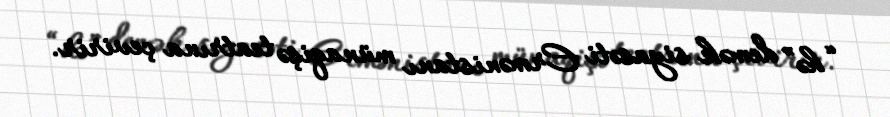
“hə” demək siyasəti Ermənistanı münaqişə teatrına çevirir.